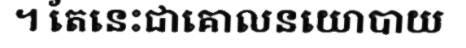
។ តែនេះជាគោលនយោបាយ